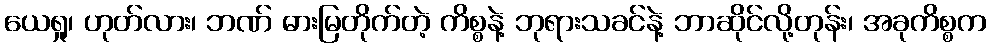
ယေရှု၊ ဟုတ်လား၊ ဘဏ် ဓားမြတိုက်တဲ့ ကိစ္စနဲ့ ဘုရားသခင်နဲ့ ဘာဆိုင်လို့တုန်း၊ အခုကိစ္စက